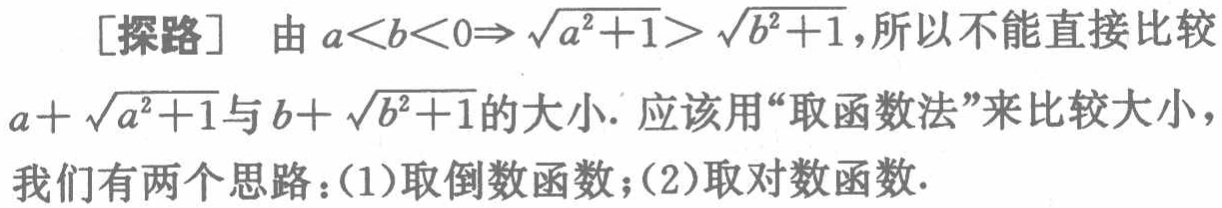
[探路] 由 \(a < b < 0\Rightarrow\sqrt{a^{2}+1}>\sqrt{b^{2}+1}\)，所以不能直接比较 \(a + \sqrt{a^{2}+1}\)与\(b+\sqrt{b^{2}+1}\)的大小. 应该用“取函数法”来比较大小，我们有两个思路：(1)取倒数函数；(2)取对数函数.